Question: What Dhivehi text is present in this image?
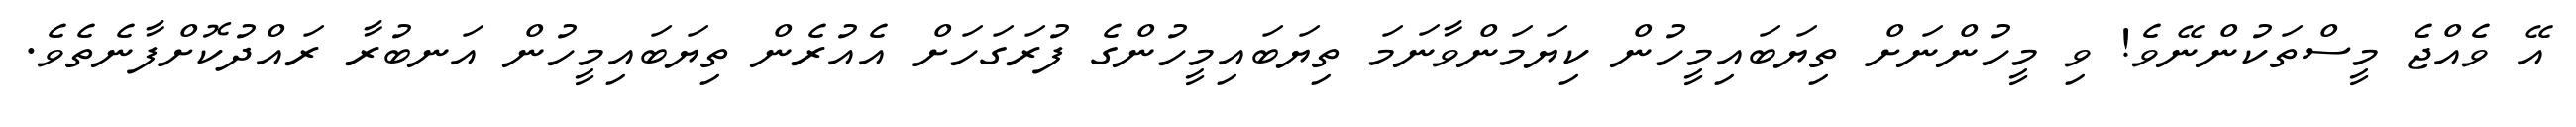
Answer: އޭ ވެއްޖެ މީސްތަކުންނޭވެ! ވި މީހުންނަށް ތިޔަބައިމީހުން ކިޔަމަންވާނަމަ ތިޔަބައިމީހުންގެ ފުރަގަހަށް އެއުރެން ތިޔަބައިމީހުން އަނބުރާ ރައްދުކޮށްފާނެތެވެ.